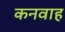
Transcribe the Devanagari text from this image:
कनवाह